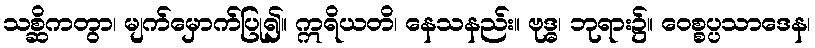
သစ္ဆိကတွာ၊ မျက်မှောက်ပြု၍။ ဣရိယတိ၊ နေသနည်း။ ဗုဒ္ဓ၊ ဘုရား၌။ ဝေစ္စပ္ပသာဒေန၊